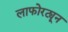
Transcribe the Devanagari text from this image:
लाफोरट्यून